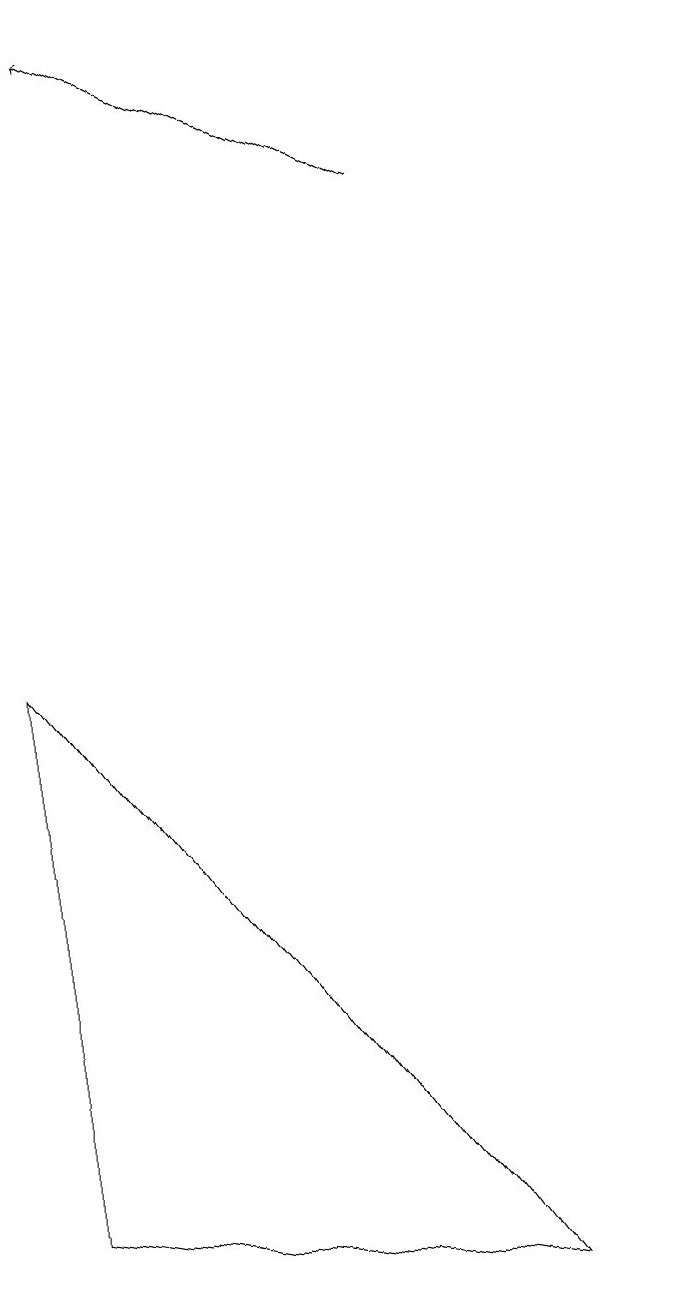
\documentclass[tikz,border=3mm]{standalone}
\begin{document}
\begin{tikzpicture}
\draw (11,10) circle (0);
\draw[->] (8,14) -- (4,16);
\draw (3,8) -- (9,0) -- (3,1) -- cycle;
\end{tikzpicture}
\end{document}